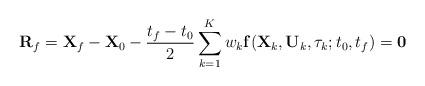
LaTeX: \begin{align*}\mathbf{R}_f = \mathbf{X}_f-\mathbf{X}_0-\frac{t_f-t_0}{2}\sum_{k=1}^{K}w_k\mathbf{f}(\mathbf{X}_k,\mathbf{U}_k,\tau_k;t_0,t_f) = \mathbf{0} \end{align*}